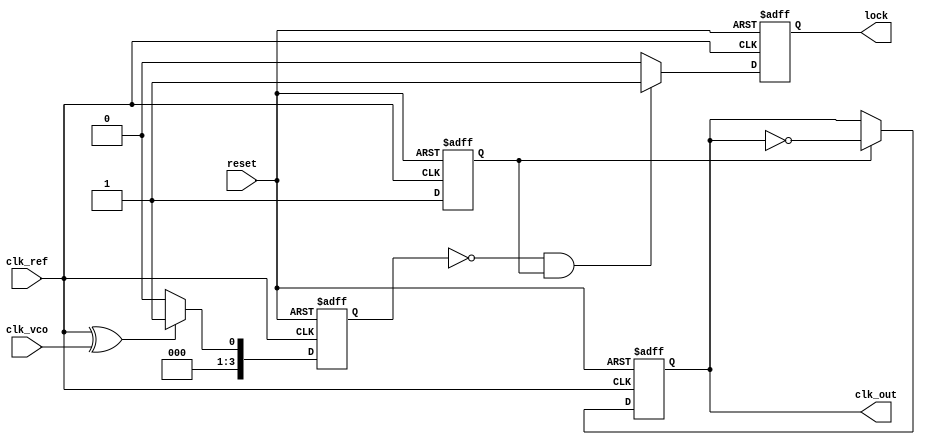
module cp_pll (
    input wire clk_ref,            // Reference clock input
    input wire clk_vco,            // VCO clock input (feedback)
    input wire reset,              // Reset signal
    output reg clk_out,            // Output clock
    output reg lock                // Lock indicator
);

    // Parameters for the PLL
    parameter PHASE_DETECTOR_WIDTH = 4; // Width of the phase detector output
    parameter CHARGE_PUMP_WIDTH = 8;     // Width of the charge pump output
    parameter VCO_MAX_FREQ = 100;         // Maximum VCO frequency
    parameter VCO_MIN_FREQ = 10;          // Minimum VCO frequency

    // Internal signals
    reg [PHASE_DETECTOR_WIDTH-1:0] phase_diff; // Phase difference from PD
    reg [CHARGE_PUMP_WIDTH-1:0] charge_pump_output; // Output from charge pump
    reg [CHARGE_PUMP_WIDTH-1:0] control_voltage; // Control voltage for VCO
    reg [7:0] vco_frequency; // Current VCO frequency
    reg vco_running; // VCO running state

    // Phase Detector (simple XOR implementation)
    always @(posedge clk_ref or posedge reset) begin
        if (reset) begin
            phase_diff <= 0;
        end else begin
            phase_diff <= (clk_ref ^ clk_vco) ? 1 : 0; // Simple phase comparison
        end
    end

    // Charge Pump
    always @(posedge clk_ref or posedge reset) begin
        if (reset) begin
            charge_pump_output <= 0;
        end else begin
            if (phase_diff) begin
                charge_pump_output <= charge_pump_output + 1; // Up
            end else begin
                charge_pump_output <= charge_pump_output - 1; // Down
            end
        end
    end

    // Loop Filter (simple integrator)
    always @(posedge clk_ref or posedge reset) begin
        if (reset) begin
            control_voltage <= 0;
        end else begin
            control_voltage <= control_voltage + charge_pump_output; // Integrate charge pump output
        end
    end

    // Voltage-Controlled Oscillator (VCO)
    always @(posedge clk_ref or posedge reset) begin
        if (reset) begin
            vco_frequency <= VCO_MIN_FREQ; // Start from minimum frequency
            vco_running <= 0;
        end else begin
            // Adjust VCO frequency based on control voltage
            if (control_voltage > 128) begin
                vco_frequency <= VCO_MAX_FREQ; // Max frequency
            end else begin
                vco_frequency <= VCO_MIN_FREQ + (control_voltage / 2); // Scale frequency
            end
            vco_running <= 1; // VCO is running
        end
    end

    // Output Clock Generation
    always @(posedge clk_ref or posedge reset) begin
        if (reset) begin
            clk_out <= 0;
        end else begin
            // Generate output clock based on VCO frequency
            if (vco_running) begin
                clk_out <= ~clk_out; // Toggle output clock (simplified)
            end
        end
    end

    // Lock Detection (simple logic)
    always @(posedge clk_ref or posedge reset) begin
        if (reset) begin
            lock <= 0;
        end else begin
            // Simple lock detection logic
            if (phase_diff == 0 && vco_running) begin
                lock <= 1; // Locked
            end else begin
                lock <= 0; // Not locked
            end
        end
    end

endmodule